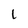
Character: L